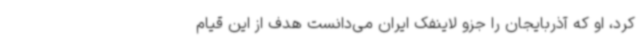
کرد، او که آذربایجان را جزو لاینفک ایران می‌دانست هدف از این قیام